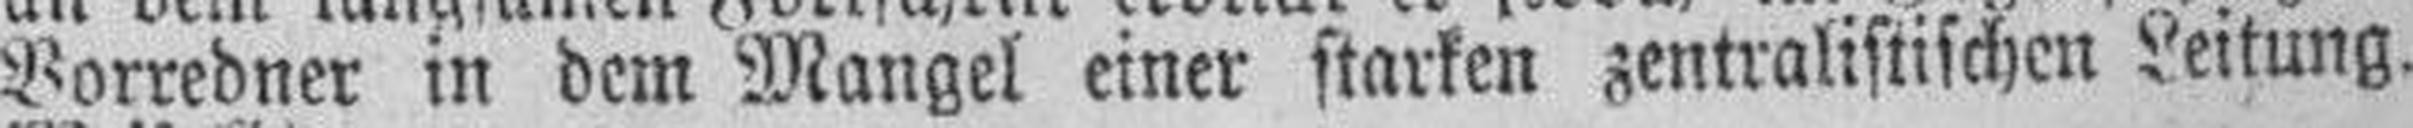
Vorredner in dem Mangel einer starken zentralistischen Leitung.